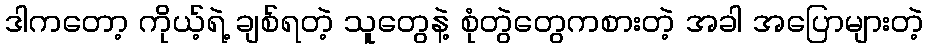
ဒါကတော့ ကိုယ့်ရဲ့ ချစ်ရတဲ့ သူတွေနဲ့ စုံတွဲတွေကစားတဲ့ အခါ အပြောများတဲ့